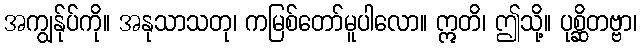
အကျွန်ုပ်ကို။ အနုသာသတု၊ ကမြစ်တော်မူပါလော။ ဣတိ၊ ဤသို့။ ပုစ္ဆိတဗ္ဗာ၊